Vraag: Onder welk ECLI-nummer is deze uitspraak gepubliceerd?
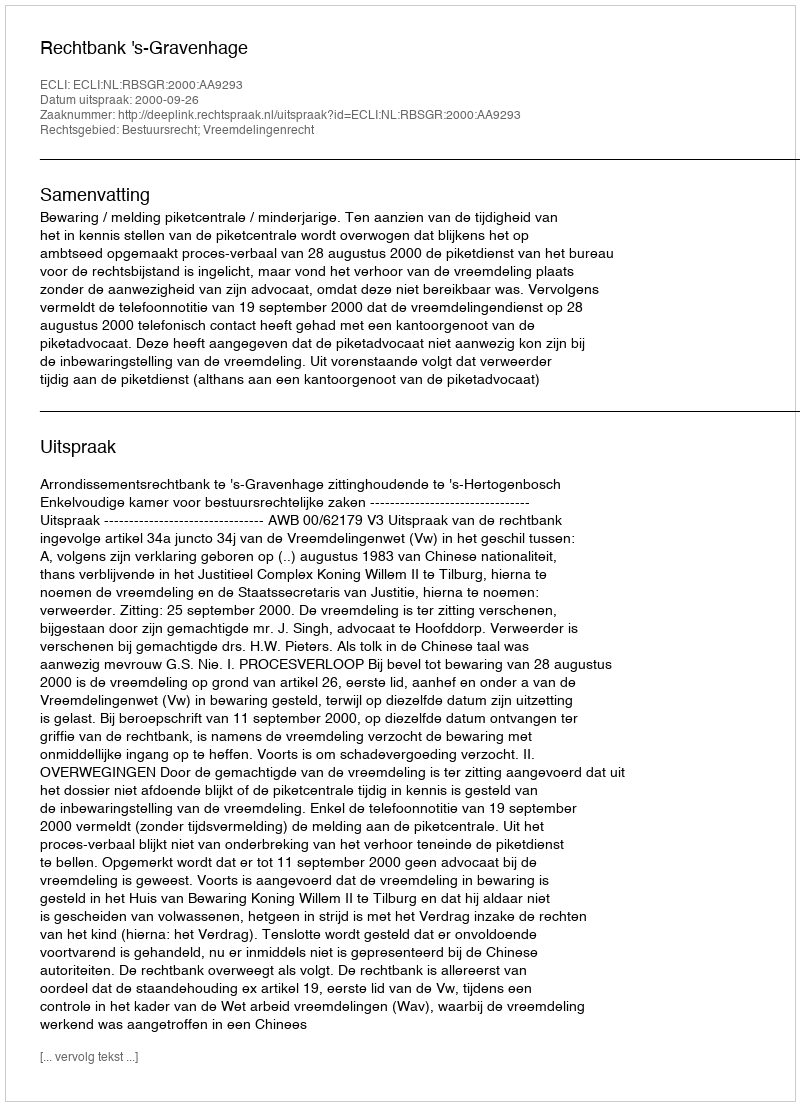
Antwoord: ECLI:NL:RBSGR:2000:AA9293